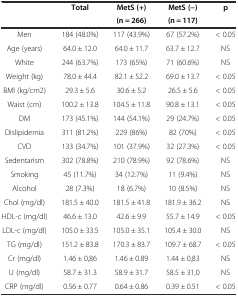
<table><thead><tr><td rowspan="2"></td><td rowspan="2"><b>Total</b></td><td><b>MetS (+)</b></td><td><b>MetS (−)</b></td><td rowspan="2"><b>p</b></td></tr><tr><td><b>(n = 266)</b></td><td><b>(n = 117)</b></td></tr></thead><tbody><tr><td>Men</td><td>184 (48.0%)</td><td>117 (43.9%)</td><td>67 (57.2%)</td><td>&lt; 0.05</td></tr><tr><td>Age (years)</td><td>64.0 ± 12.0</td><td>64.0 ± 11.7</td><td>63.7 ± 12.7</td><td>NS</td></tr><tr><td>White</td><td>244 (63.7%)</td><td>173 (65%)</td><td>71 (60.6%)</td><td>NS</td></tr><tr><td>Weight (kg)</td><td>78.0 ± 44.4</td><td>82.1 ± 52.2</td><td>69.0 ± 13.7</td><td>&lt; 0.05</td></tr><tr><td>BMI (kg/cm2)</td><td>29.3 ± 5.6</td><td>30.6 ± 5.2</td><td>26.5 ± 5.6</td><td>&lt; 0.05</td></tr><tr><td>Waist (cm)</td><td>100.2 ± 13.8</td><td>104.5 ± 11.8</td><td>90.8 ± 13.1</td><td>&lt; 0.05</td></tr><tr><td>DM</td><td>173 (45.1%)</td><td>144 (54.1%)</td><td>29 (24.7%)</td><td>&lt; 0.05</td></tr><tr><td>Dislipidemia</td><td>311 (81.2%)</td><td>229 (86%)</td><td>82 (70%)</td><td>&lt; 0.05</td></tr><tr><td>CVD</td><td>133 (34.7%)</td><td>101 (37.9%)</td><td>32 (27.3%)</td><td>&lt; 0.05</td></tr><tr><td>Sedentarism</td><td>302 (78.8%)</td><td>210 (78.9%)</td><td>92 (78.6%)</td><td>NS</td></tr><tr><td>Smoking</td><td>45 (11.7%)</td><td>34 (12.7%)</td><td>11 (9.4%)</td><td>NS</td></tr><tr><td>Alcohol</td><td>28 (7.3%)</td><td>18 (6.7%)</td><td>10 (8.5%)</td><td>NS</td></tr><tr><td>Chol (mg/dl)</td><td>181.5 ± 40.0</td><td>181.5 ± 41.8</td><td>181.9 ± 36.2</td><td>NS</td></tr><tr><td>HDL-c (mg/dl)</td><td>46.6 ± 13.0</td><td>42.6 ± 9.9</td><td>55.7 ± 14.9</td><td>&lt; 0.05</td></tr><tr><td>LDL-c (mg/dl)</td><td>105.0 ± 33.5</td><td>105.0 ± 35.1</td><td>105.4 ± 30.0</td><td>NS</td></tr><tr><td>TG (mg/dl)</td><td>151.2 ± 83.8</td><td>170.3 ± 83.7</td><td>109.7 ± 68.7</td><td>&lt; 0.05</td></tr><tr><td>Cr (mg/dl)</td><td>1.46 ± 0,86</td><td>1.46 ± 0.89</td><td>1.44 ± 0,83</td><td>NS</td></tr><tr><td>U (mg/dl)</td><td>58.7 ± 31.3</td><td>58.9 ± 31.7</td><td>58.5 ± 31,0</td><td>NS</td></tr><tr><td>CRP (mg/dl)</td><td>0.56 ± 0.77</td><td>0.64 ± 0.86</td><td>0.39 ± 0.51</td><td>&lt; 0.05</td></tr></tbody></table>